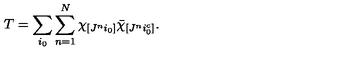
T = \sum _ { i _ { 0 } } \sum _ { n = 1 } ^ { N } \chi _ { [ J ^ { n } i _ { 0 } ] } \bar { \chi } _ { [ J ^ { n } i _ { 0 } ^ { c } ] } .